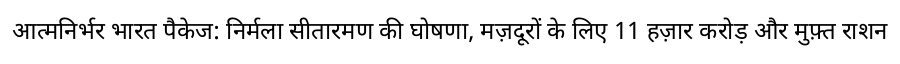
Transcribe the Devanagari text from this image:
आत्मनिर्भर भारत पैकेज: निर्मला सीतारमण की घोषणा, मज़दूरों के लिए 11 हज़ार करोड़ और मुफ़्त राशन